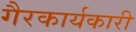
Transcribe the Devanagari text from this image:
गैरकार्यकारी